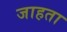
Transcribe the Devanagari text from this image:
जाहता